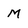
Character: M